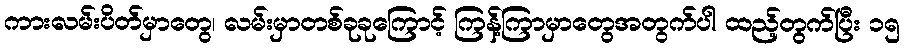
ကားလမ်းပိတ်မှာတွေ၊ လမ်းမှာတစ်ခုခုကြောင့် ကြန့်ကြာမှာတွေအတွက်ပါ ထည့်တွက်ပြီး ၁၅